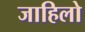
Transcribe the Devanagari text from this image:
जाहिलो